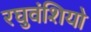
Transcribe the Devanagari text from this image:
रघुवंशियो